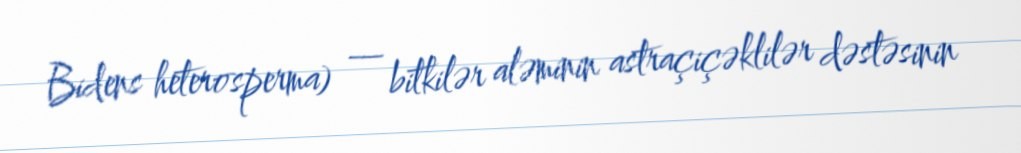
Bidens heterosperma) — bitkilər aləminin astraçiçəklilər dəstəsinin